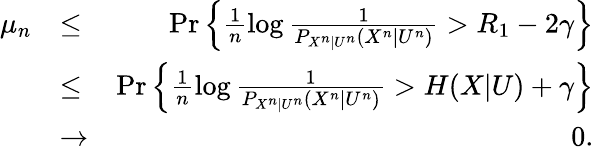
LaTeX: \begin{array}{rlr}{\mu_{n}}&{\le}&{\operatorname*{Pr}\left\{ \frac{1}{n}\log\frac{1}{P_{X^{n}|U^{n}}(X^{n}|U^{n})}>R_{1}-2\gamma\right\} }\\ &{\le}&{\operatorname*{Pr}\left\{ \frac{1}{n}\log\frac{1}{P_{X^{n}|U^{n}}(X^{n}|U^{n})}>H(X|U)+\gamma\right\} }\\ &{\to}&{0.}\end{array}